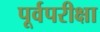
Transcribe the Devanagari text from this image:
पूर्वपरीक्षा